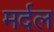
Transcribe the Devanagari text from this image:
मर्दल